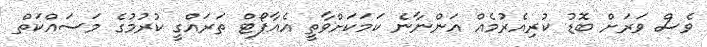
ވެސް ވަރަށް ބޮޑު ކުރިއެރުމެއް އަންނާނެ ކަމަކަށްވާތީ އެއާޕޯޓް ތަރައްގީ ކުރުމުގެ މަސައްކަތް